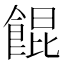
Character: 餛